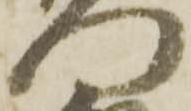
門